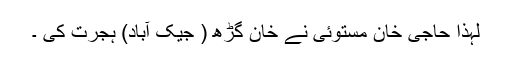
لہٰذا حاجی خان مستوئی نے خان گڑھ ( جیک آباد) ہجرت کی ۔